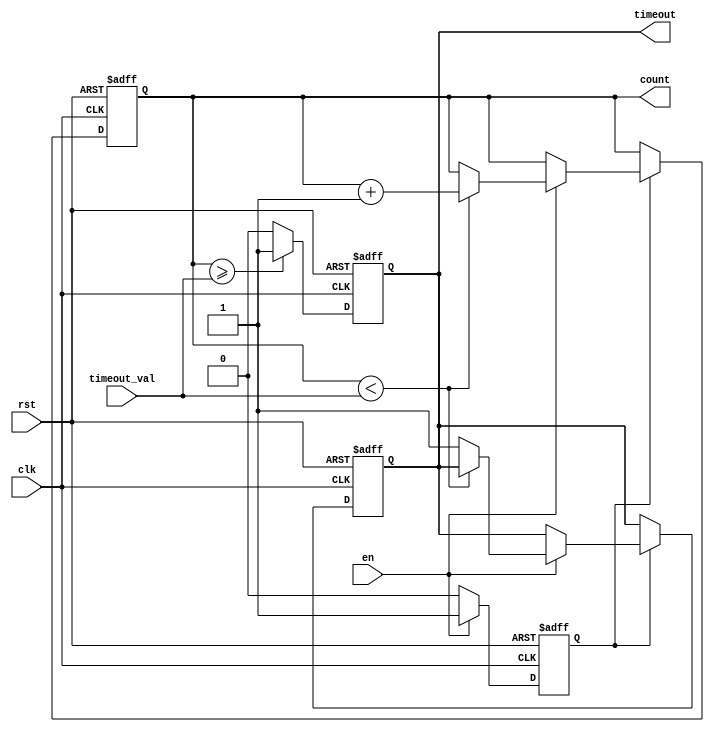
module timeout_counter (
    input wire clk,                // Clock signal
    input wire rst,                // Asynchronous reset
    input wire en,                 // Enable signal
    input wire [15:0] timeout_val, // Configurable time-out value
    output reg [15:0] count,       // Current count value
    output reg timeout             // Time-out signal
);

    // State definitions
    localparam IDLE = 1'b0;
    localparam COUNTING = 1'b1;

    reg state, next_state;

    // Sequential logic for counting
    always @(posedge clk or posedge rst) begin
        if (rst) begin
            count <= 16'b0;          // Reset count to 0
            timeout <= 1'b0;         // Deactivate time-out signal
            state <= IDLE;           // Go to IDLE state
        end else begin
            state <= next_state;     // Update state
            if (state == COUNTING) begin
                if (en) begin
                    if (count < timeout_val) begin
                        count <= count + 1; // Increment count
                    end else begin
                        count <= count;     // Hold count at max
                        timeout <= 1'b1;    // Activate time-out signal
                    end
                end
            end
        end
    end

    // Combinational logic for state transitions
    always @(*) begin
        case (state)
            IDLE: begin
                if (en) begin
                    next_state = COUNTING; // Transition to COUNTING state
                end else begin
                    next_state = IDLE;     // Stay in IDLE state
                end
            end
            COUNTING: begin
                if (!en) begin
                    next_state = IDLE;     // Transition back to IDLE state
                end else begin
                    next_state = COUNTING; // Stay in COUNTING state
                end
            end
            default: next_state = IDLE; // Default state
        endcase
    end

    // Reset timeout signal when count is reset
    always @(posedge clk or posedge rst) begin
        if (rst) begin
            timeout <= 1'b0; // Reset timeout signal
        end else if (count >= timeout_val) begin
            timeout <= 1'b1; // Set timeout signal
        end else begin
            timeout <= 1'b0; // Clear timeout signal
        end
    end

endmodule